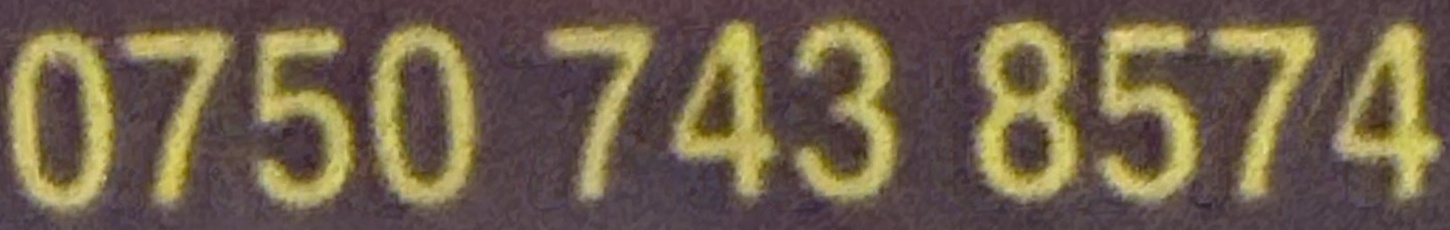
0750 743 8574